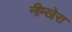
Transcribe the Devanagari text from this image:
नीम्खेरा